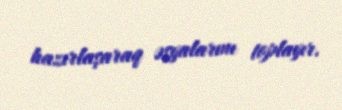
hazırlaşaraq əşyalarını toplayır.